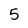
Character: 5